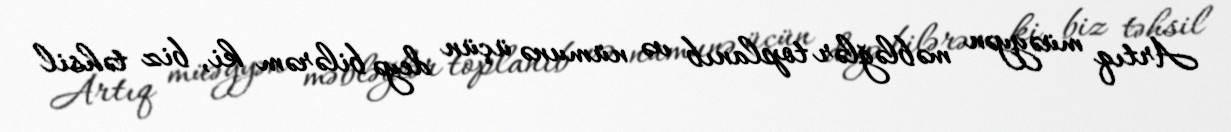
Artıq müəyyən məbləğlər toplanıb və nümunə üçün deyə bilərəm ki, biz təhsil